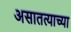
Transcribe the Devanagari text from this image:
असातत्याच्या